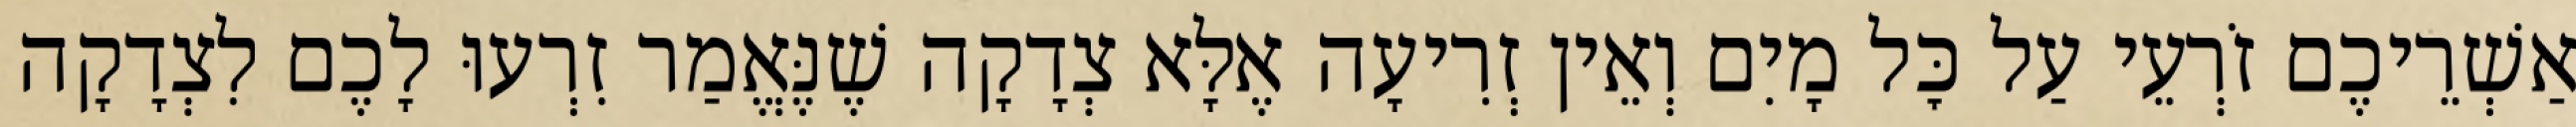
אַשְׁרֵיכֶם זֹרְעֵי עַל כׇּל מָיִם וְאֵין זְרִיעָה אֶלָּא צְדָקָה שֶׁנֶּאֱמַר זִרְעוּ לָכֶם לִצְדָקָה